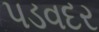
પડવદર